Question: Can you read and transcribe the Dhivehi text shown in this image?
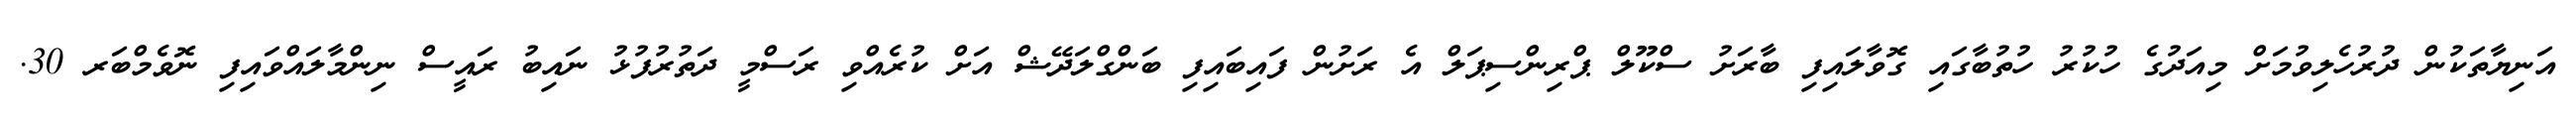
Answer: އަނިޔާތަކުން ދުރުހެލިވުމަށް މިއަދުގެ ހުކުރު ހުތުބާގައި ގޮވާލައިފި ބާރަށު ސްކޫލް ޕްރިންސިޕަލް އެ ރަށުން ފައިބައިފި ބަންގްލަދޭޝް އަށް ކުރެއްވި ރަސްމީ ދަތުރުފުޅު ނައިބު ރައީސް ނިންމާލައްވައިފި ނޮވެމްބަރ 30.